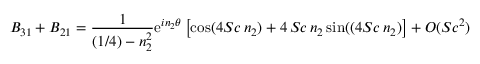
B _ { 3 1 } + B _ { 2 1 } = { \frac { 1 } { ( 1 / 4 ) - n _ { 2 } ^ { 2 } } } \mathrm { e } ^ { i n _ { 2 } \theta } \left[ \mathrm { c o s } ( 4 S c \, n _ { 2 } ) + 4 \, S c \, n _ { 2 } \, \mathrm { s i n } ( ( 4 S c \, n _ { 2 } ) \right] + O ( S c ^ { 2 } )